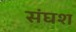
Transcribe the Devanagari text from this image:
संघश